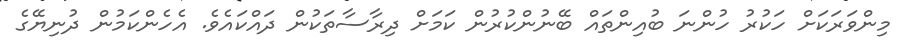
މިންވަރަކަށް ހަކުރު ހުންނަ ބުއިންތައް ބޭނުންކުރުން ކަމަށް ދިރާސާތަކުން ދައްކައެވެ. އެހެންކަމުން ދުނިޔޭގެ